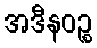
အဒီနဝဉ္စ